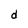
Character: d